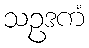
သဥဒကံ